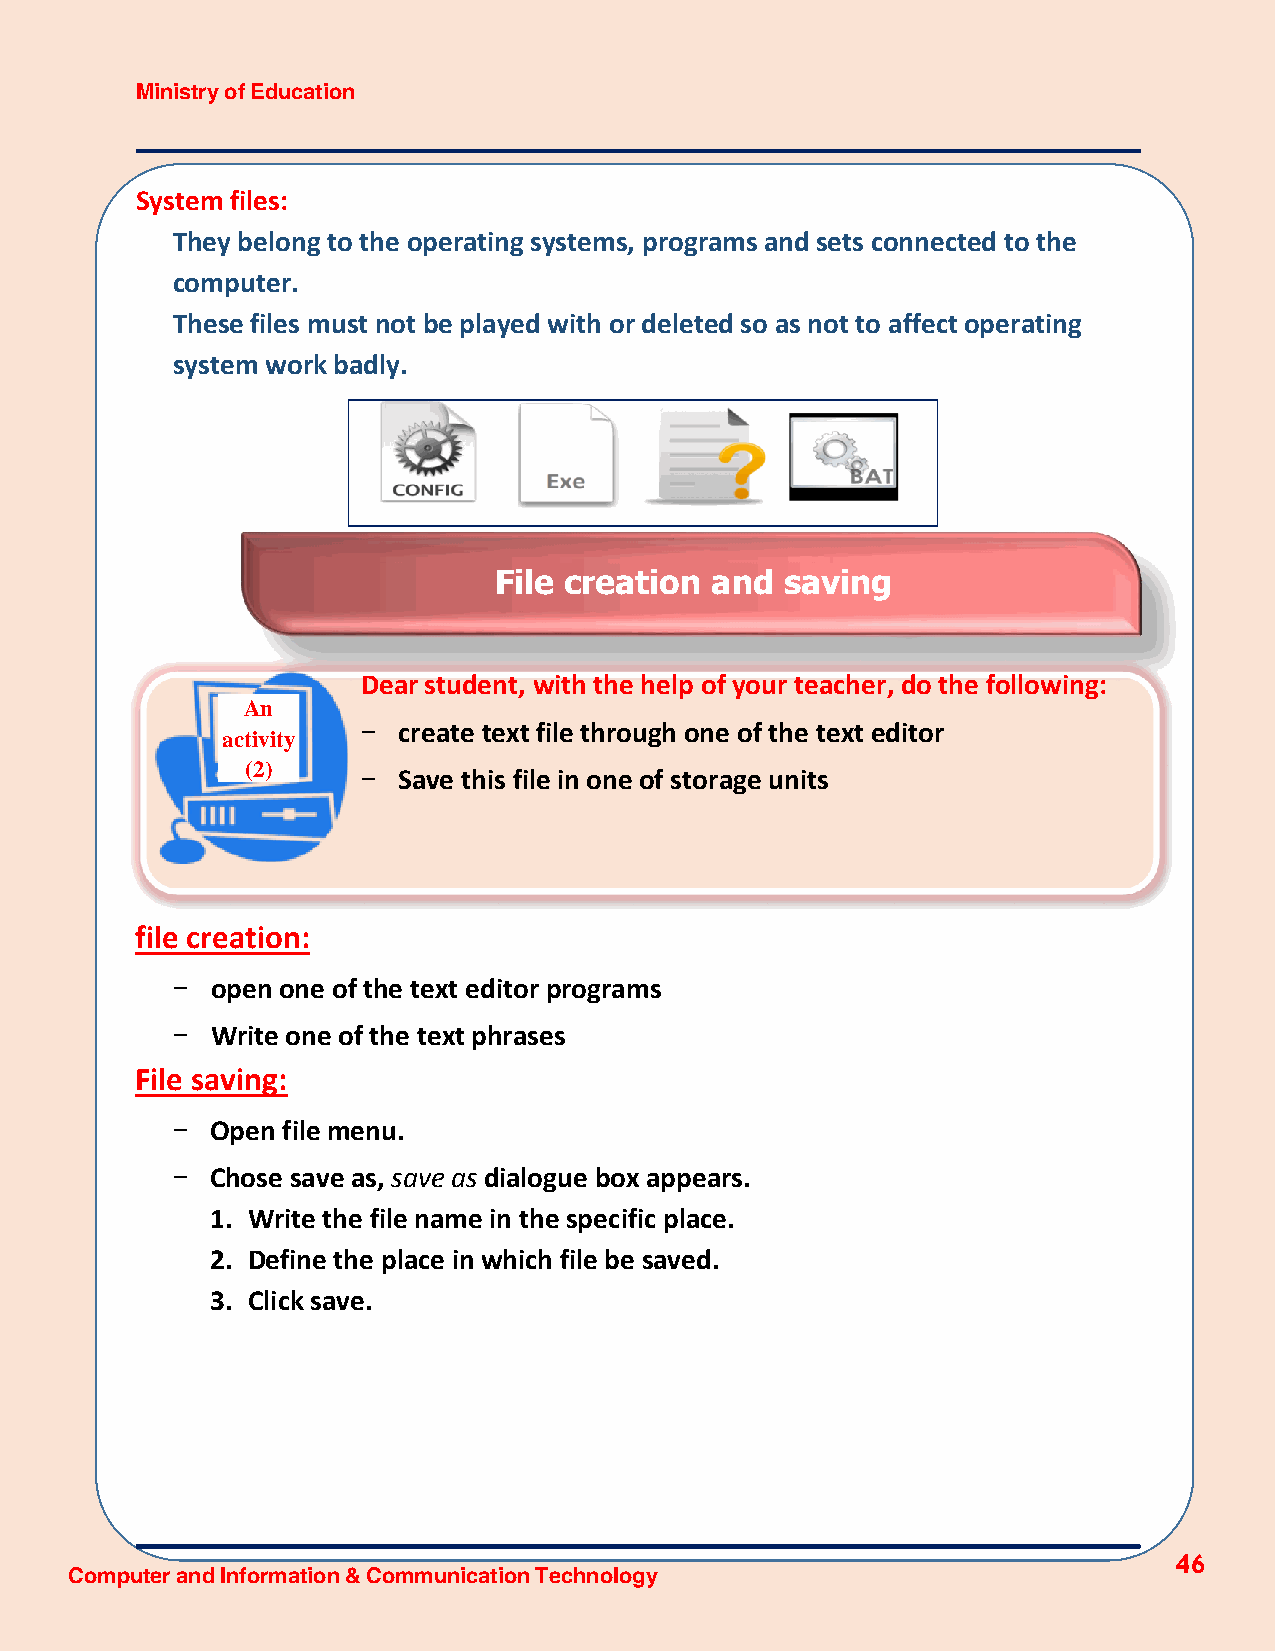
Ministry of Education
 System files:
 They belong to the operating systems, programs and sets connected to the
 computer.
 These files must not be played with or deleted so as not to affect operating
 system work badly.
 File creation and  saving
 Dear student, with the help of your teacher, do the following:
 An
 create text file through one of the text editor
 activity -
 (2)
 Save this file in one of storage units
 -
 file creation:
 open one of the text editor programs
 -
 Write one of the text phrases
 -
 File saving:
 Open file menu.
 -
 Chose save as, save as dialogue box appears.
 -
 1. Write the file name in the specific place.
 2. Define the place in which file be saved.
 3. Click save.
 46
 Computer and Information & Communication Technology